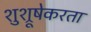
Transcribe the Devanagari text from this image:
शुश्रूषेकरता